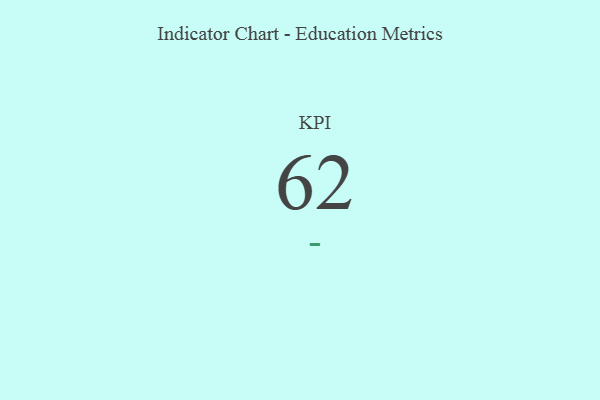
{"axis": {"x": "KPI", "y": "Value"}, "legend": [""], "data": [{"x": "KPI", "y": 62, "type": ""}]}